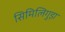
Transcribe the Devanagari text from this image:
सिमिलिगुड़ा